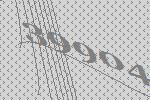
39904